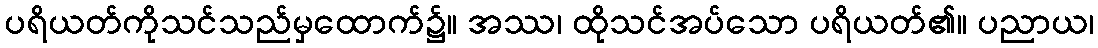
ပရိယတ်ကိုသင်သည်မှထောက်၌။ အဿ၊ ထိုသင်အပ်သော ပရိယတ်၏။ ပညာယ၊